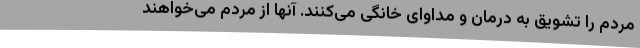
مردم را تشویق به درمان و مداوای خانگی می‌کنند. آنها از مردم می‌خواهند